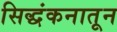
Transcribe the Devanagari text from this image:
सिद्धंकनातून